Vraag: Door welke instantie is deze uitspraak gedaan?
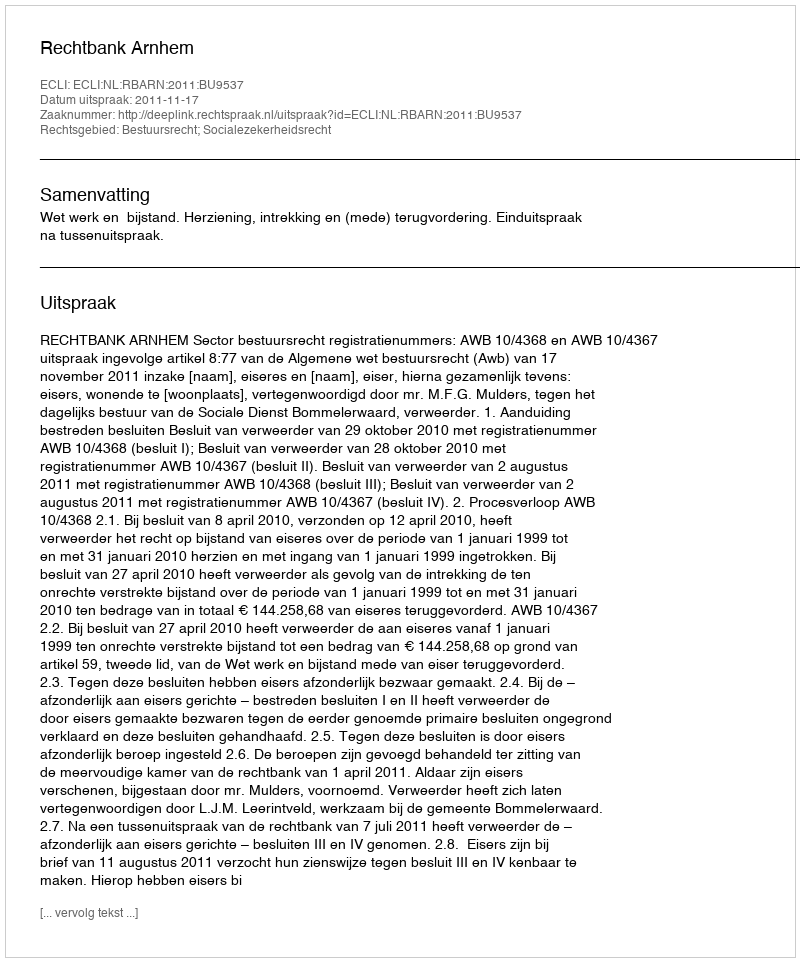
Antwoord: Rechtbank Arnhem